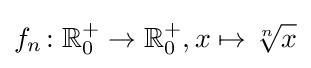
f_{n}\colon \mathbb {R} _{0}^{+}\to \mathbb {R} _{0}^{+},x\mapsto {\sqrt[{n}]{x}}